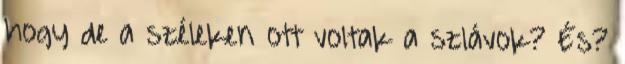
hogy de a széleken ott voltak a szlávok? És?